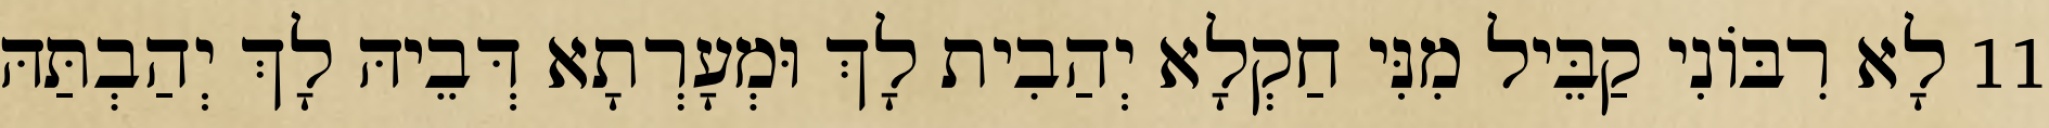
11 לָא רִבּוֹנִי קַבֵּיל מִנִּי חַקְלָא יְהַבִית לָךְ וּמְעָרְתָא דְּבֵיהּ לָךְ יְהַבְתַּהּ